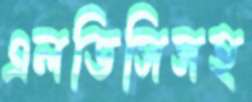
এলডিসিসহ